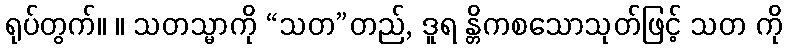
ရုပ်တွက်။ ။ သတသ္မာကို “သတ”တည်, ဒူရ န္တိကစသောသုတ်ဖြင့် သတ ကို